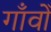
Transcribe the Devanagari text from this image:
गाँवोँ